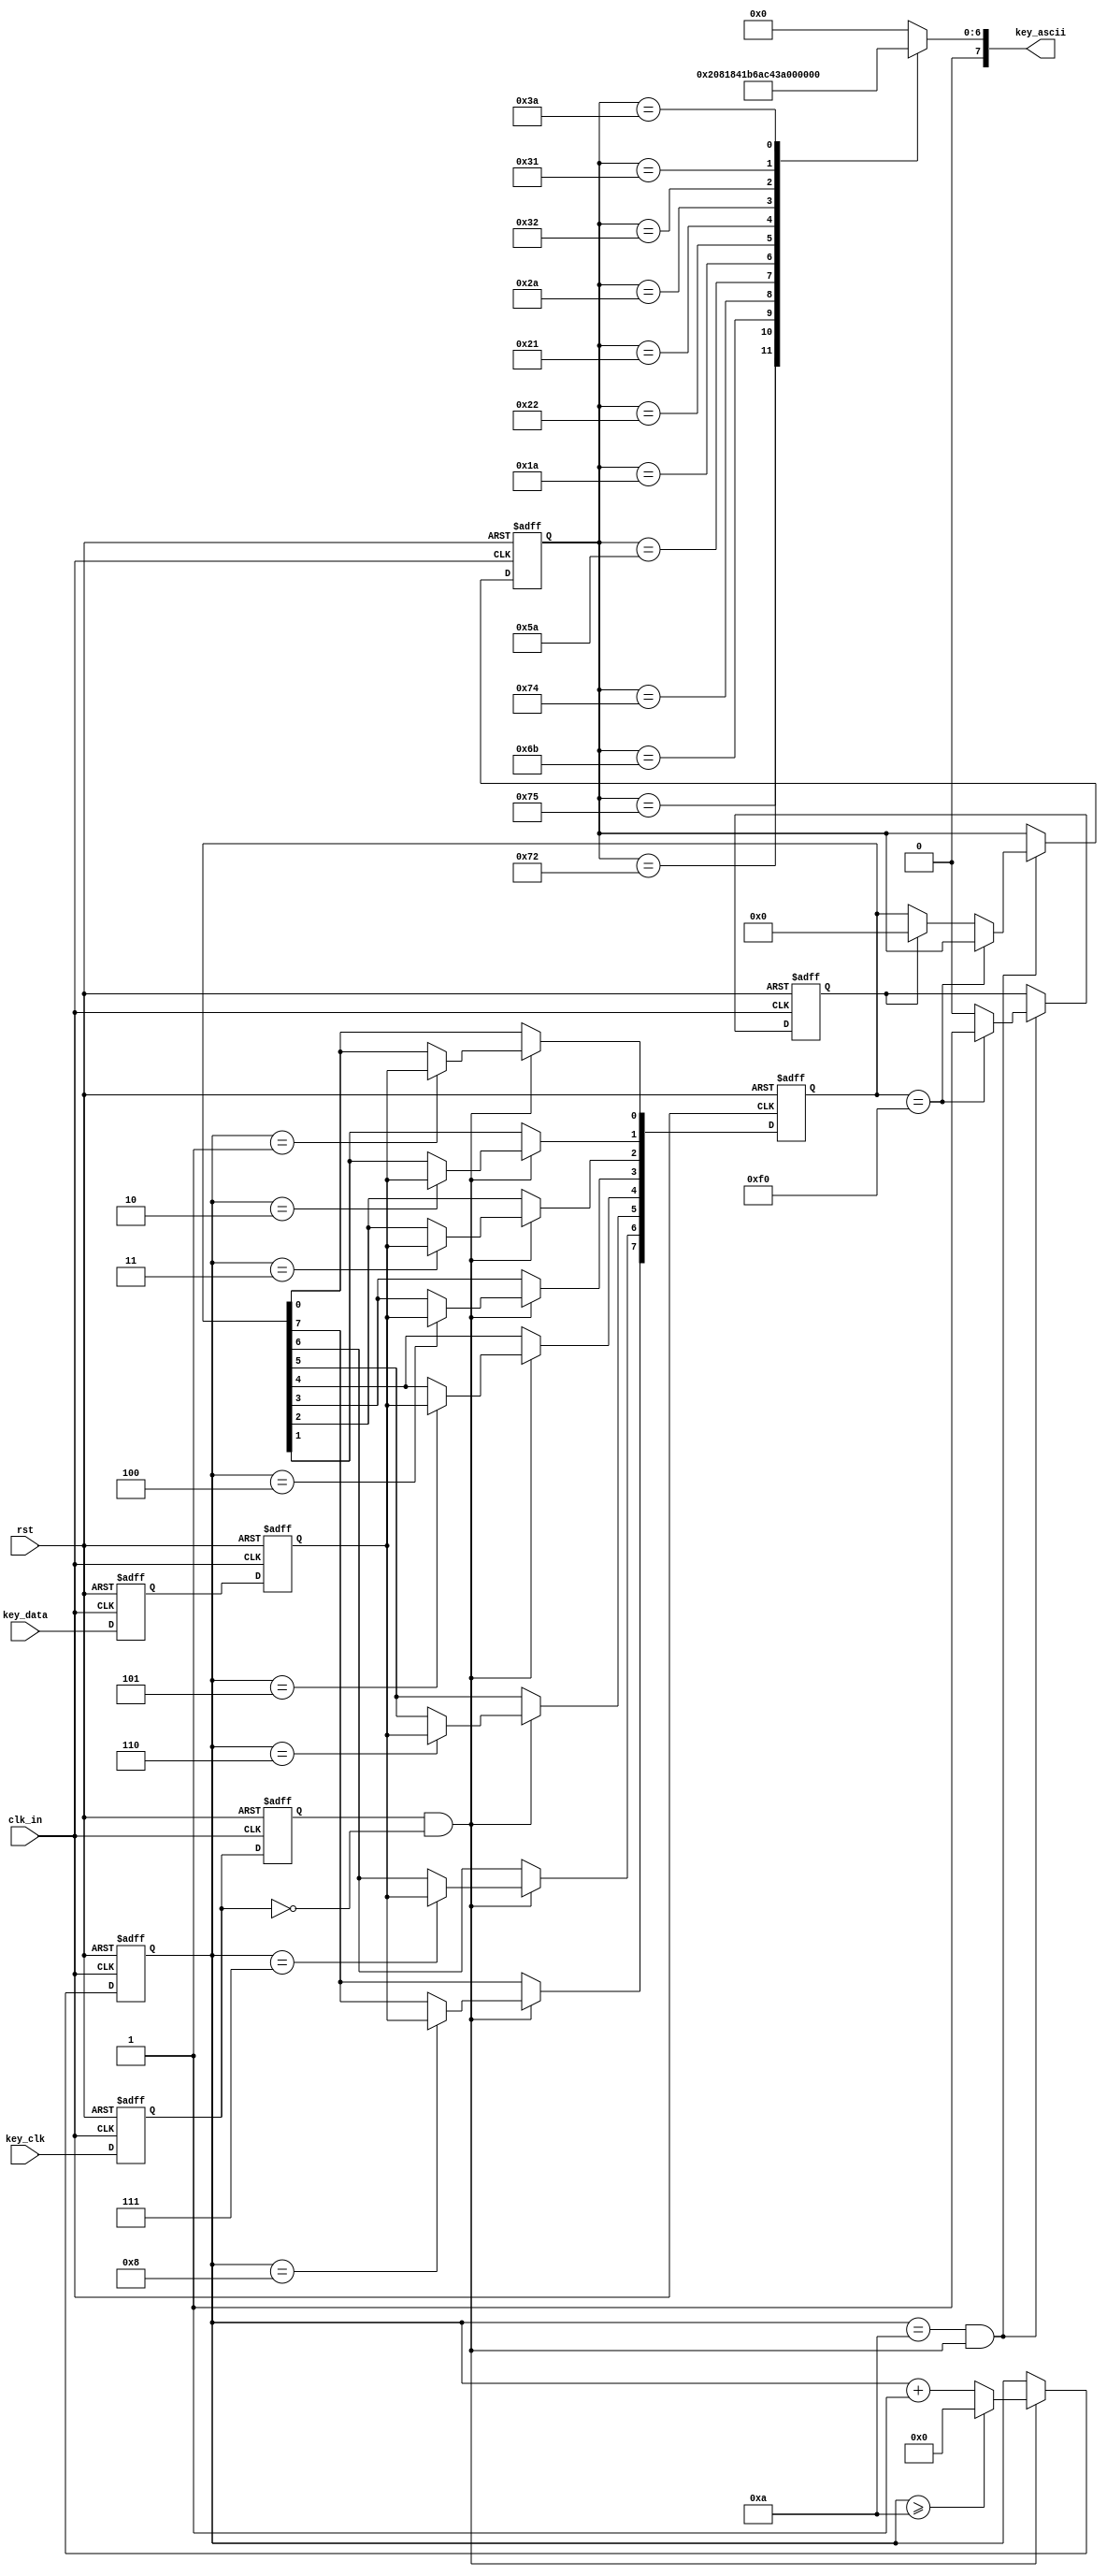
`timescale 1ns / 1ps
//////////////////////////////////////////////////////////////////////////////////
// Company: 
// Engineer: 
// 
// Design Name: 
// Module Name: keyboard
// Project Name: 
// Target Devices: 
// Tool Versions: 
// Description: 
// 
// Dependencies: 
// 
// Revision:
// Revision 0.01 - File Created
// Additional Comments:
// 
//////////////////////////////////////////////////////////////////////////////////


module keyboard//ASCII
(
input					clk_in,				//
input					rst,			//
input					key_clk,			//PS2
input					key_data,			//PS2
//output	reg				key_state,			//10
output	reg		[7:0]	key_ascii			//ASCII
);

reg		key_clk_r0 = 1'b1,key_clk_r1 = 1'b1; 
reg		key_data_r0 = 1'b1,key_data_r1 = 1'b1;
//
always @ (posedge clk_in or negedge rst) begin
	if(!rst) begin
		key_clk_r0 <= 1'b1;
		key_clk_r1 <= 1'b1;
		key_data_r0 <= 1'b1;
		key_data_r1 <= 1'b1;
	end else begin
		key_clk_r0 <= key_clk;
		key_clk_r1 <= key_clk_r0;
		key_data_r0 <= key_data;
		key_data_r1 <= key_data_r0;
	end
end
 
//
wire	key_clk_neg = key_clk_r1 & (~key_clk_r0); 
 
reg				[3:0]	cnt; 
reg				[7:0]	temp_data;
//
always @ (posedge clk_in or negedge rst) begin
	if(!rst) begin
		cnt <= 4'd0;
		temp_data <= 8'd0;
	end else if(key_clk_neg) begin 
		if(cnt >= 4'd10) cnt <= 4'd0;
		else cnt <= cnt + 1'b1;
		case (cnt)
			4'd0: ;	//
			4'd1: temp_data[0] <= key_data_r1;  //bit0
			4'd2: temp_data[1] <= key_data_r1;  //bit1
			4'd3: temp_data[2] <= key_data_r1;  //bit2
			4'd4: temp_data[3] <= key_data_r1;  //bit3
			4'd5: temp_data[4] <= key_data_r1;  //bit4
			4'd6: temp_data[5] <= key_data_r1;  //bit5
			4'd7: temp_data[6] <= key_data_r1;  //bit6
			4'd8: temp_data[7] <= key_data_r1;  //bit7
			4'd9: ;	//
			4'd10:;	//
			default: ;
		endcase
	end
end
 
reg						key_break = 1'b0;   
reg				[7:0]	key_byte = 1'b0;
//
always @ (posedge clk_in or negedge rst) begin 
	if(!rst) begin
		key_break <= 1'b0;
		//key_state <= 1'b0;
		key_byte <= 1'b0;
	end else if(cnt==4'd10 && key_clk_neg) begin 
		if(temp_data == 8'hf0) key_break <= 1'b1;	//8'hf01
		else if(!key_break) begin 	//01
			//key_state <= 1'b1;
			key_byte <= temp_data; 
		end else begin	//10
			//key_state <= 1'b0;
			key_break <= 1'b0;
			key_byte<=0;
		end
	end
end
 
//ASCII
always @ (key_byte) begin
	case (key_byte)    //translate key_byte to key_ascii
		8'h75: key_ascii <= 8'd1;//
		8'h72: key_ascii <= 8'd2;//
		8'h6b: key_ascii <= 8'd3;//
		8'h74: key_ascii <= 8'd4;//
		8'h5a: key_ascii <= 8'd13;   //
		8'h1a: key_ascii <= 8'h5a;   //Z
		8'h22: key_ascii <= 8'h58;   //X
		8'h21: key_ascii <= 8'h43;   //C
		8'h2a: key_ascii <= 8'h56;   //V
		8'h32: key_ascii <= 8'h42;   //B
		8'h31: key_ascii <= 8'h4e;   //N
		8'h3a: key_ascii <= 8'h4d;   //M
		default: key_ascii=0;		//nothing
	endcase
end
 
endmodule